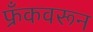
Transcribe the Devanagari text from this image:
फ्रँकवरून